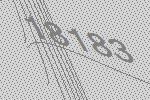
18183